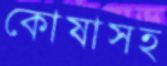
কোষাসহ